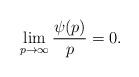
LaTeX: \begin{align*} \lim_{p \to \infty} \frac{\psi(p)}{p} = 0.\end{align*}